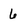
Character: 6